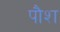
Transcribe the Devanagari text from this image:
पौश